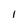
Character: I